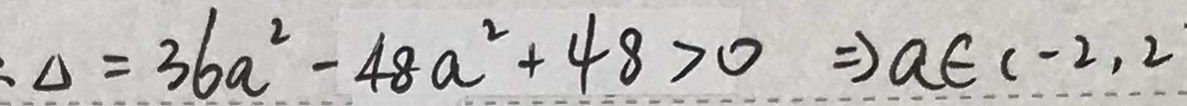
: \Delta = 3 6 a ^ { 2 } - 4 8 a ^ { 2 } + 4 8 > 0 \Rightarrow a \in ( - 2 , 2